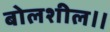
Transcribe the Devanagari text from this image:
बोलशील॥